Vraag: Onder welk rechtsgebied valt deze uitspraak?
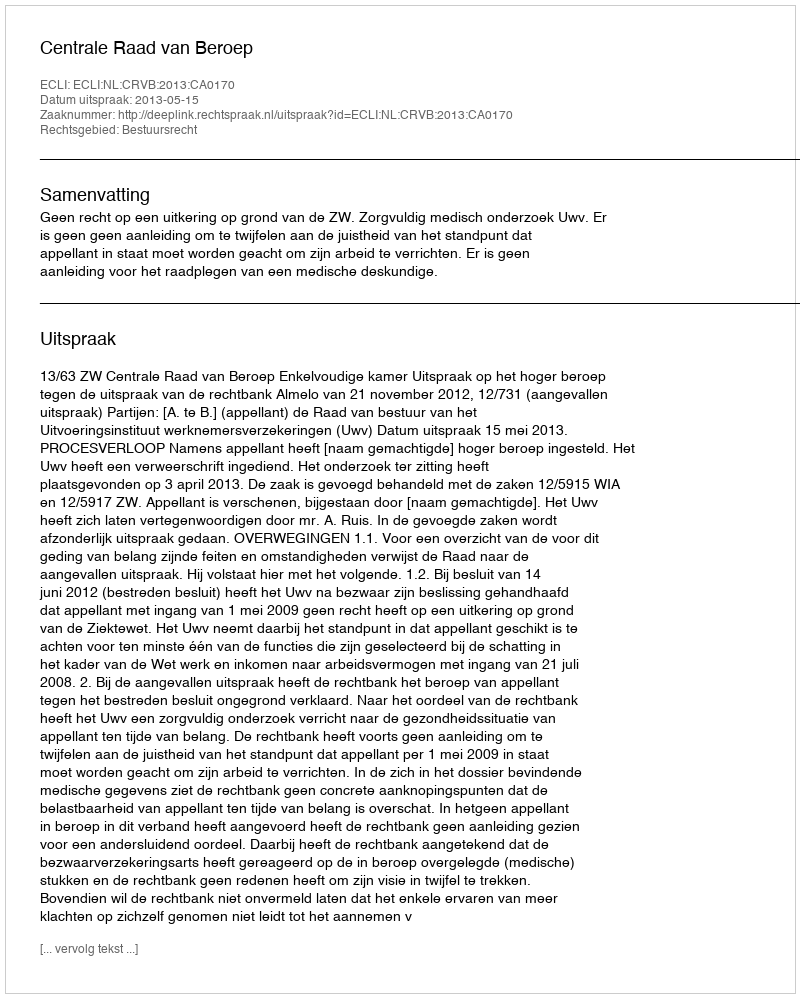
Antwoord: Bestuursrecht